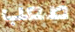
صعب